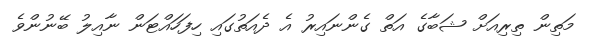
މަތިން ތިރިއަށް ޝަބާގެ އަތް ގެންނައިރު އެ ދެއަތުގައި ހިފަހައްޓަން ނާއިލު ބޭނުންވެ